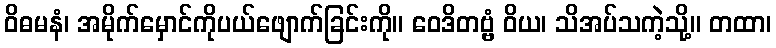
ဝိဓမနံ၊ အမိုက်မှောင်ကိုပယ်ဖျောက်ခြင်းကို။ ဝေဒိတဗ္ဗံ ဝိယ၊ သိအပ်သကဲ့သို့။ တထာ၊